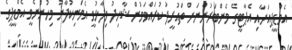
އެމްޑީޕީއަށާއި އެޕާޓީގެ މެންބަރުންނަށް ތައުރީފު ކުރައްވަމުން ޝާހިދު ވިދާޅުވީ އެމަނިކުފާނު މިހުންނެވީ އެމްޑީޕީގެ